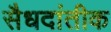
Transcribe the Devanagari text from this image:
सैधदांतीक